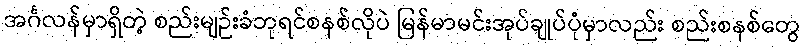
အင်္ဂလန်မှာရှိတဲ့ စည်းမျဉ်းခံဘုရင်စနစ်လိုပဲ မြန်မာမင်းအုပ်ချုပ်ပုံမှာလည်း စည်းစနစ်တွေ